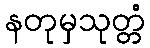
နတုမှသုတ္တံ